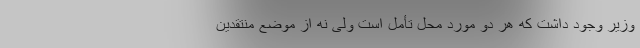
وزیر وجود داشت که هر دو مورد محل تأمل است ولی نه از موضع منتقدین